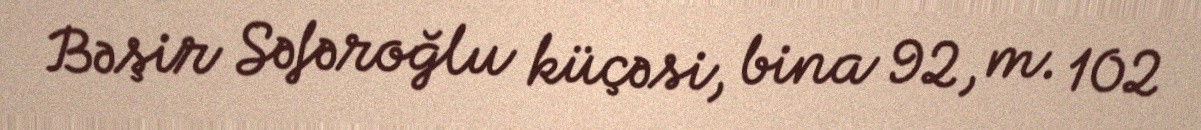
Bəşir Səfəroğlu küçəsi, bina 92, m. 102